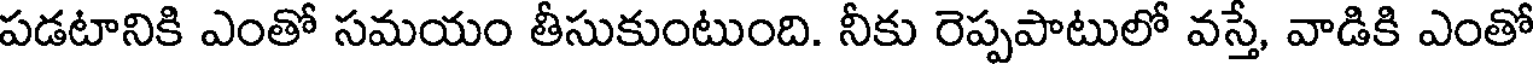
పడటానికి ఎంతో సమయం తీసుకుంటుంది. నీకు రెప్పపాటులో వస్తే, వాడికి ఎంతో